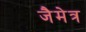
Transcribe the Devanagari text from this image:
जैमेत्र